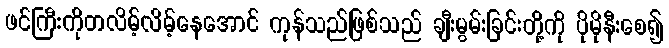
ဖင်ကြီးကိုတလိမ့်လိမ့်နေအောင် ကုန်သည်ဖြစ်သည် ချီးမွမ်းခြင်းတို့ကို ပိုမိုနီးစေ၍